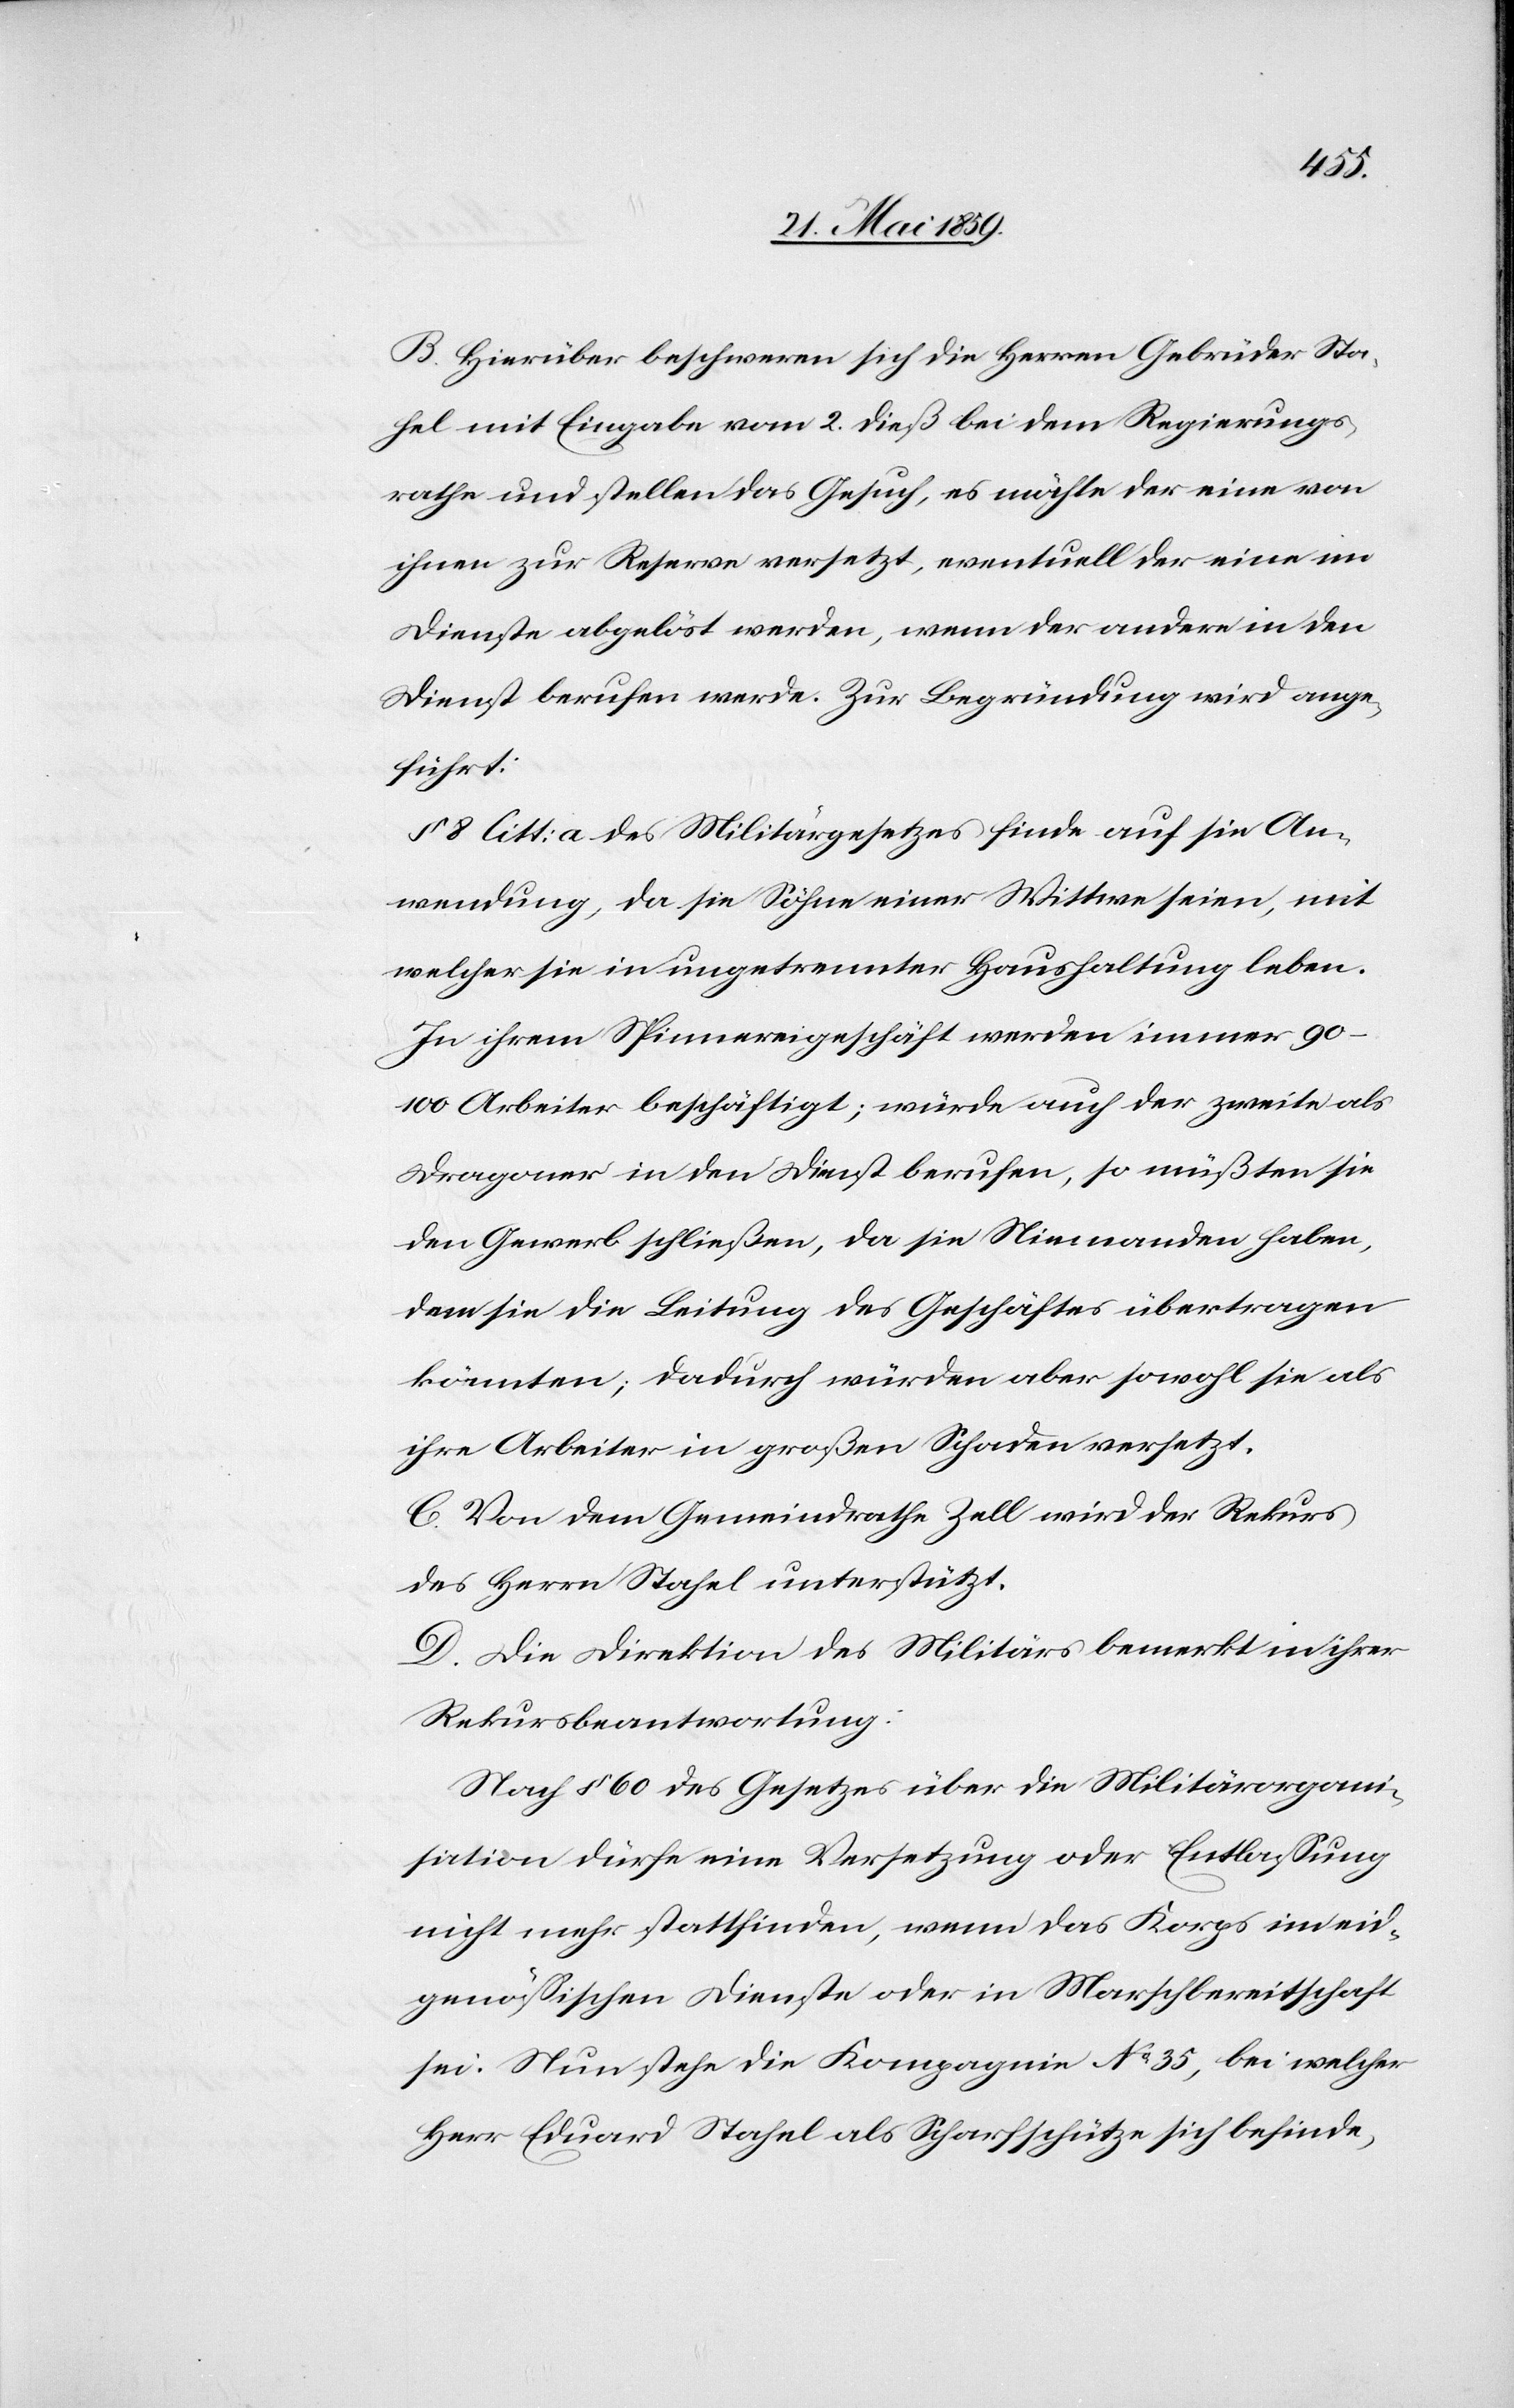
B. Hierüber beschweren sich die Herren Gebrüder Sta¬
hel mit Eingabe vom 2. dieß bei dem Regierungs¬
rathe und stellen das Gesuch, es möchte der eine von
ihnen zur Reserve versetzt, eventuell der eine im
Dienste abgelöst werden, wenn der andere in den
Dienst berufen werde. Zur Begründung wird ange¬
führt:
§ 8 litt: a des Militärgesetzes finde auf sie An¬
wendung, da sie Söhne einer Wittwe seien, mit
welcher sie in ungetrennter Haushaltung leben.
In ihrem Spinnereigeschäft werden immer 90–100
Arbeiter beschäftigt; würde auch der zweite als
Dragoner in den Dienst berufen, so müßten sie
den Gewerb schließen, da sie Niemanden haben,
dem sie die Leitung des Geschäftes übertragen
könnten; dadurch würden aber sowohl sie als
ihre Arbeiter in großen Schaden versetzt.
C. Von dem Gemeindrath Zell wird der Rekurs
des Herrn Stahel unterstützt.
D. Die Direktion des Militärs bemerkt in ihrer
Rekursbeantwortung:
Nach § 60 des Gesetzes über die Militärorgani¬
sation dürfe eine Versetzung oder Entlassung
nicht mehr stattfinden, wenn das Korps im eid¬
genössischen Dienste oder in Marschbereitschaft
sei. Nun stehe die Kompagnie No 35, bei welcher
Herr Eduard Stahel als Scharfschütze sich befinde,